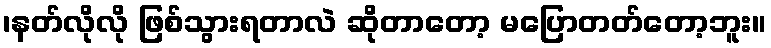
၊နတ်လိုလို ဖြစ်သွားရတာလဲ ဆိုတာတော့ မပြောတတ်တော့ဘူး။